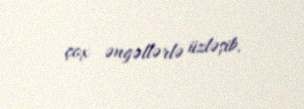
çox əngəllərlə üzləşib.